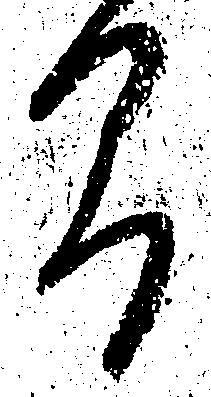
間